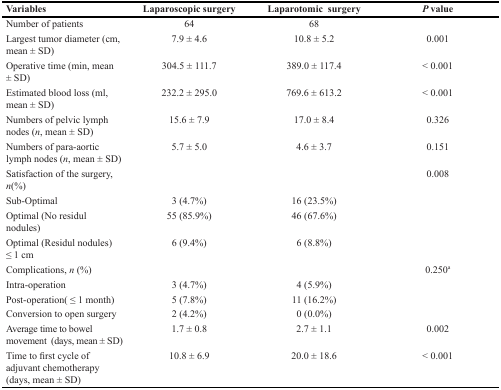
<table><thead><tr><td><b>Variables</b></td><td><b>Laparoscopic surgery</b></td><td><b>Laparotomic surgery</b></td><td><b><i>P</i> value</b></td></tr></thead><tbody><tr><td>Number of patients</td><td>64</td><td>68</td><td></td></tr><tr><td>Largest tumor diameter (cm, mean ± SD)</td><td>7.9 ± 4.6</td><td>10.8 ± 5.2</td><td>0.001</td></tr><tr><td>Operative time (min, mean ± SD)</td><td>304.5 ± 111.7</td><td>389.0 ± 117.4</td><td>&lt; 0.001</td></tr><tr><td>Estimated blood loss (ml, mean ± SD)</td><td>232.2 ± 295.0</td><td>769.6 ± 613.2</td><td>&lt; 0.001</td></tr><tr><td>Numbers of pelvic lymph nodes (<i>n</i>, mean ± SD)</td><td>15.6 ± 7.9</td><td>17.0 ± 8.4</td><td>0.326</td></tr><tr><td>Numbers of para-aortic lymph nodes (<i>n</i>, mean ± SD)</td><td>5.7 ± 5.0</td><td>4.6 ± 3.7</td><td>0.151</td></tr><tr><td>Satisfaction of the surgery, <i>n</i>(%)</td><td></td><td></td><td>0.008</td></tr><tr><td>Sub-Optimal</td><td>3 (4.7%)</td><td>16 (23.5%)</td><td></td></tr><tr><td>Optimal (No residul nodules)</td><td>55 (85.9%)</td><td>46 (67.6%)</td><td></td></tr><tr><td>Optimal (Residul nodules) ≤ 1 cm</td><td>6 (9.4%)</td><td>6 (8.8%)</td><td></td></tr><tr><td>Complications, <i>n</i> (%)</td><td></td><td></td><td>0.250<sup>a</sup></td></tr><tr><td>Intra-operation</td><td>3 (4.7%)</td><td>4 (5.9%)</td><td></td></tr><tr><td>Post-operation( ≤ 1 month)</td><td>5 (7.8%)</td><td>11 (16.2%)</td><td></td></tr><tr><td>Conversion to open surgery</td><td>2 (4.2%)</td><td>0 (0.0%)</td><td></td></tr><tr><td>Average time to bowel movement (days, mean ± SD)</td><td>1.7 ± 0.8</td><td>2.7 ± 1.1</td><td>0.002</td></tr><tr><td>Time to first cycle of adjuvant chemotherapy (days, mean ± SD)</td><td>10.8 ± 6.9</td><td>20.0 ± 18.6</td><td>&lt; 0.001</td></tr></tbody></table>